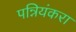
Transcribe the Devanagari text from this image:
पन्नियंकरा